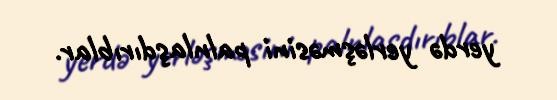
yerdə yerləşməsini palnlaşdırıblar.